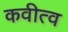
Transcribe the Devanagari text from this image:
कवीत्व